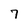
Character: 7